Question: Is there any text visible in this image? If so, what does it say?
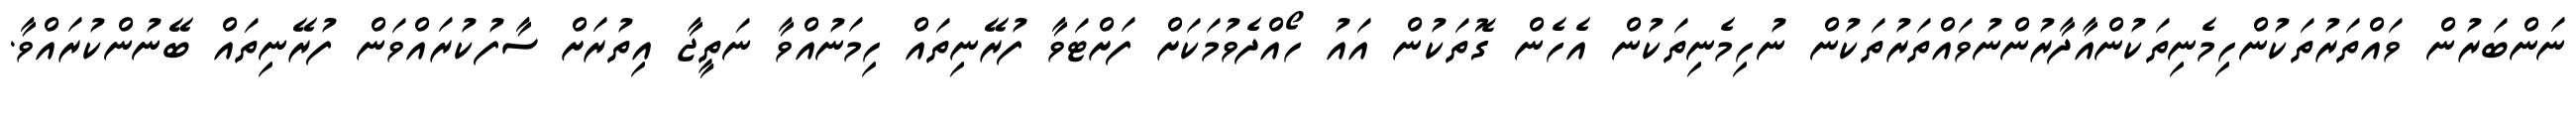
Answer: ނަންބަރުން ވައްތަރުތަކުންހިމެނިތަކުންއާދާރުންނުވައްތަރުތަކުން ނުހިމެނިތަކުން އެހެން ގޮތަކުން އައު ހޯއްދެވުމަކަށް ފަށްޓަވާ ފުރޭނިތައް ހިމަނުއްވާ ނަތީޖާ އިތުރަށް ސާފުކުރައްވަން ފުރޭނިތައް ބޭނުންކުރައްވާ.